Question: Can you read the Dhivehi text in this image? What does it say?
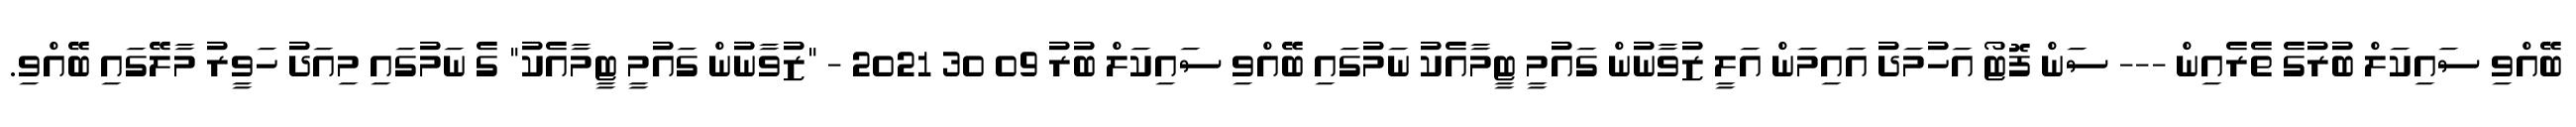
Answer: ބޭއްވި ސައިކަލް ބުރުގެ ތެރެއިން --- ސަން ފޮޓޯ އަހުމަދު އައިމަން އަލީ ޒުވާނުން ގައުމީ ޓީމާއެކު ނަމުގައި ބޭއްވި ސައިކަލް ބުރު 09 30 2021 - "ޒުވާނުން ގައުމީ ޓީމާއެކު" ގެ ނަމުގައި މިއަދު ހަވީރު މާލޭގައި ބޭއްވި.